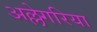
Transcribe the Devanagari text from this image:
अल्लेगरिया